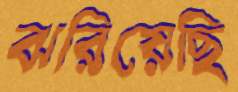
ঝরিয়েছি